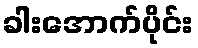
ခါးအောက်ပိုင်း